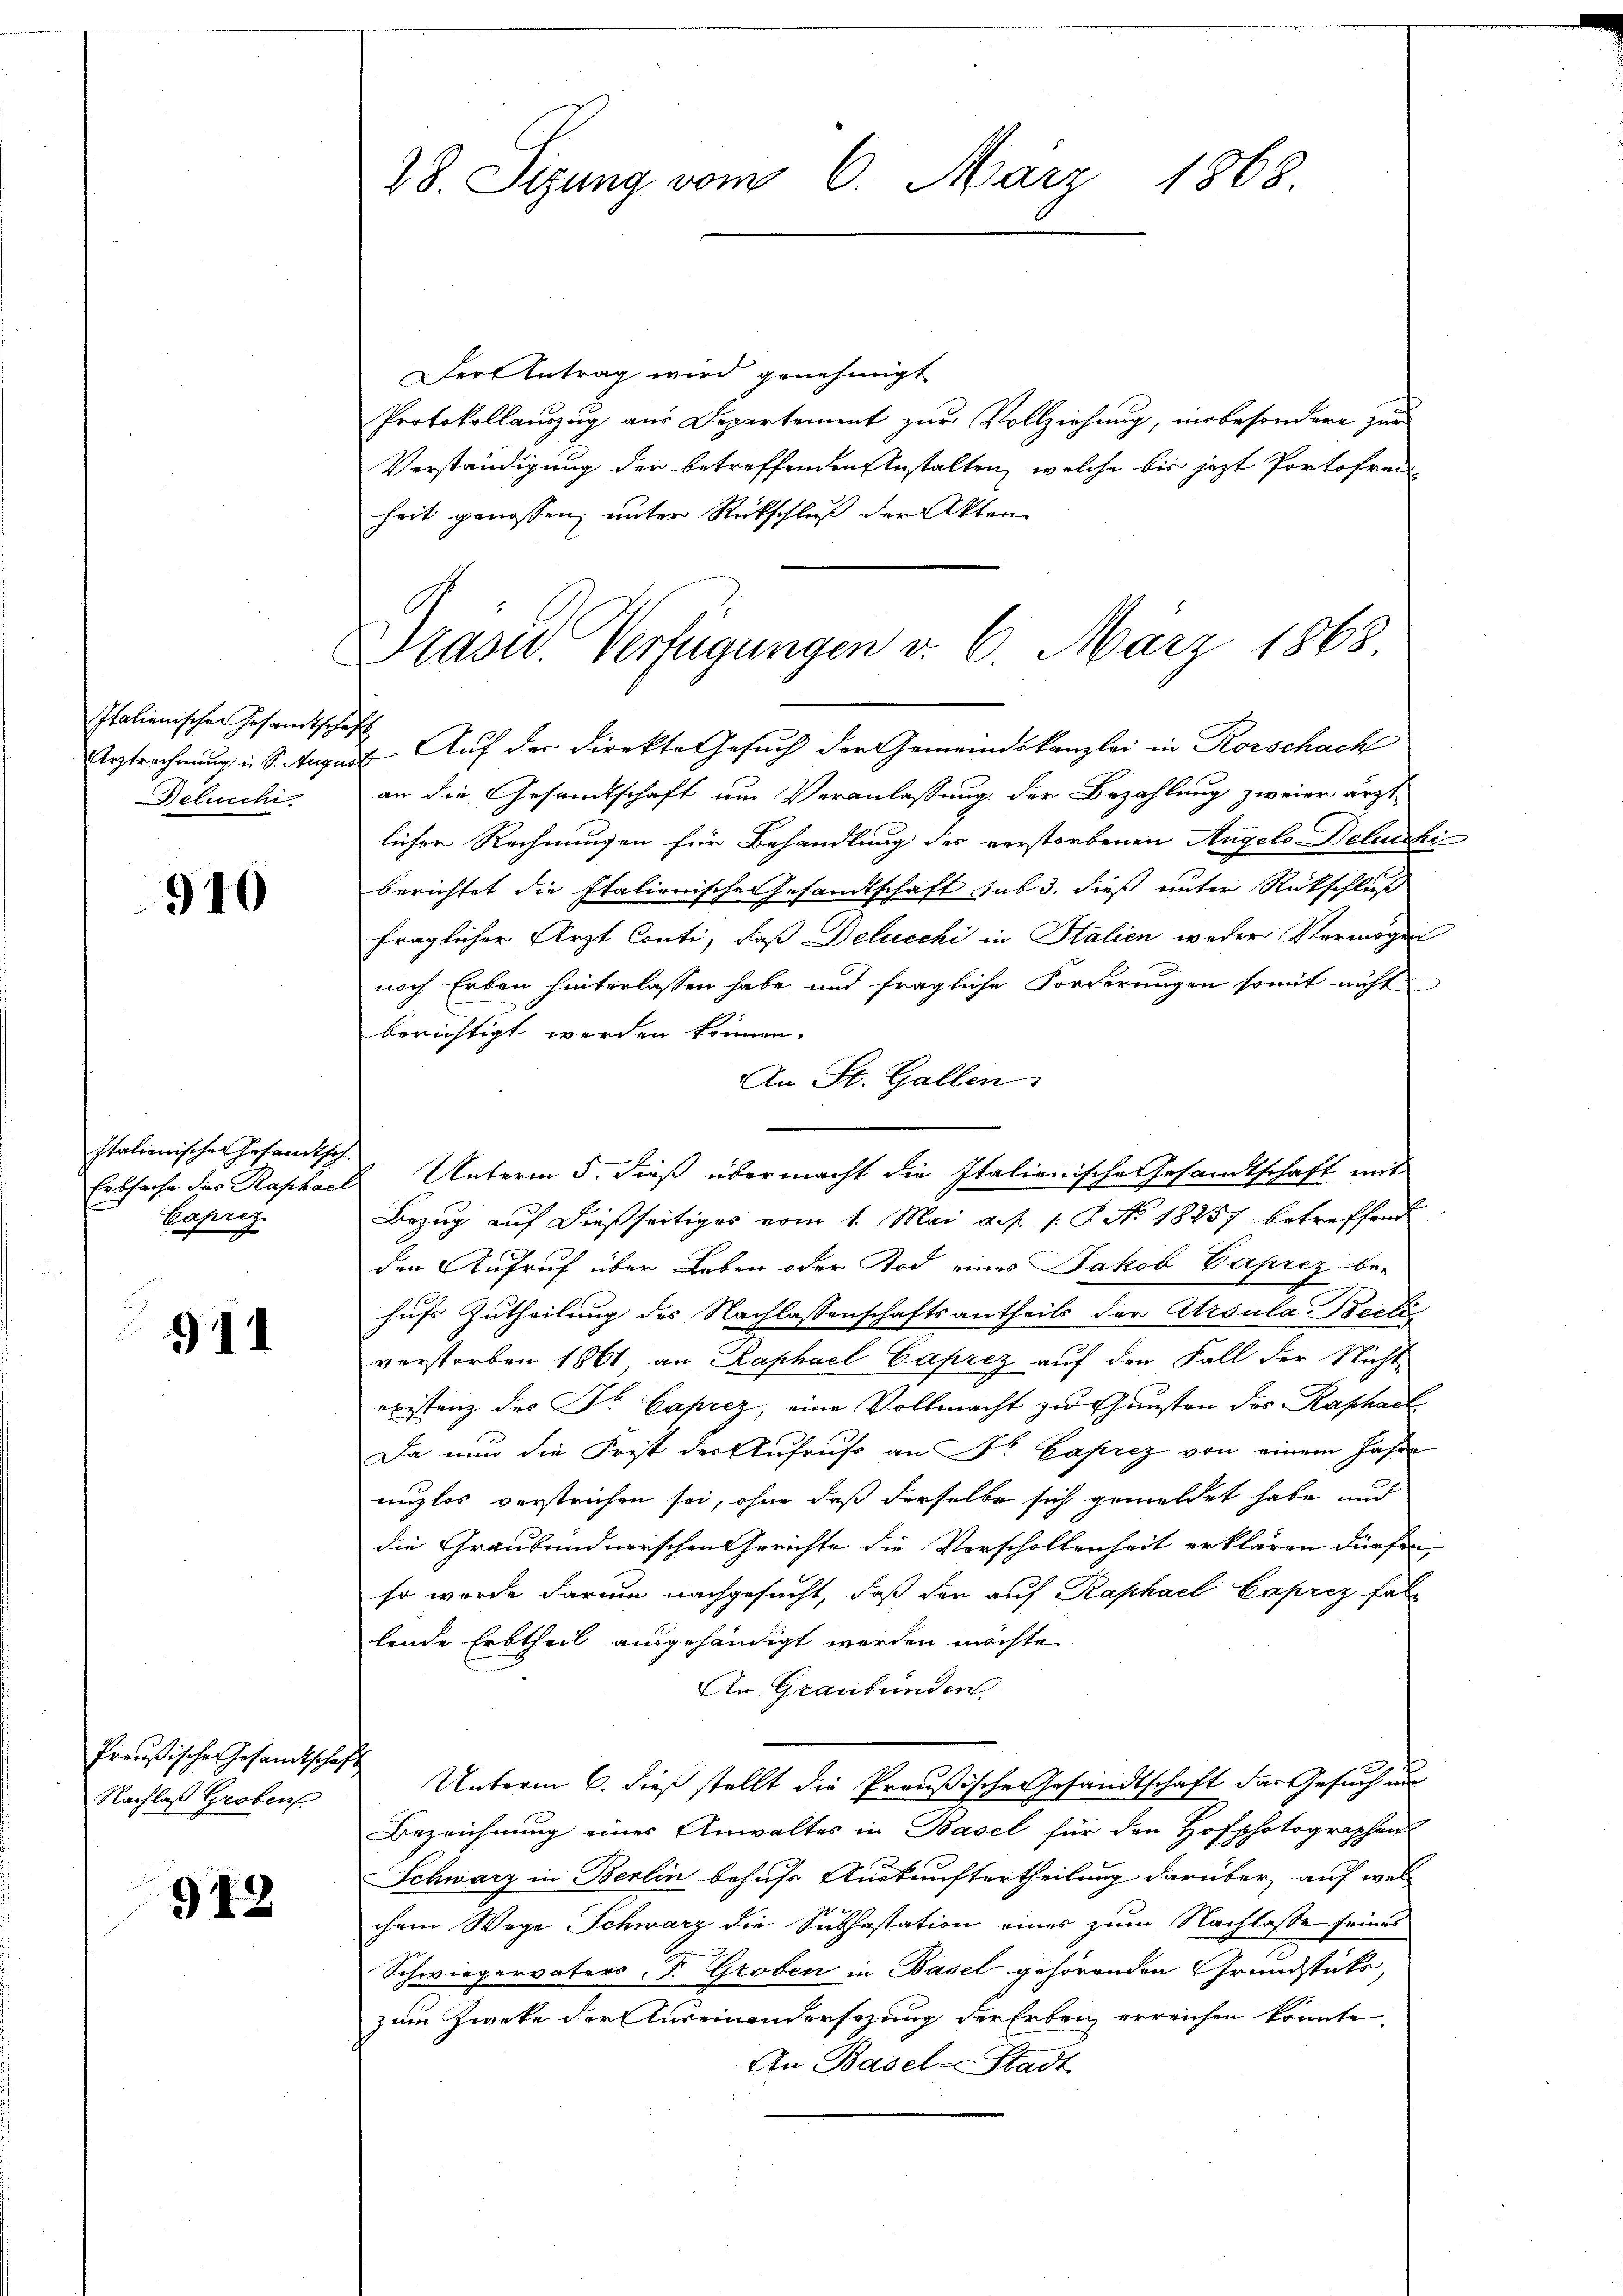
Italienischen Gesandtschaft
Delucchi

910

Italienisches Gesandtsch.
Caprez

1

Preußisches Gesandtsch
Nachlaß Groben

912

Der Antrag wird genehmigt
Protokollauszug aus Departement zur Vollziehung, insbesondere zur
Verständigung der betreffenden Anstalten, welche bis jetzt Portofrec
heit genossen, unter Rückschluß der Akten

Präsid.. Verfügungen v. 6. März 1868

28. Sizung vom 6. März 1868.

Arztrechnung u. S. August. Auf der Direkte Gesuch der Gemeindskanzlei in Korschach
an die Gesandtschaft um Veranlassung der Bezahlung zweier ärztlicher Rechnungen für Behandlung des verstorbenen Angels Deluechi
berichtet die Italienische Gesandtschaft sub 3. dieß unter Rückschluß
fraglicher Arzt Conti, daß Delucchi in Stalien weder Vermögen
noch Erben hinterlassen habe und fragliche Forderungen somit nicht
berichtigt werden können.
An St. Gallen.
Erbsache der Raphael Unterm 5. dieß übermacht die Italienische Gesandtschaft mit
Bezug auf dießseitiges vom 1. Mai a. f. 1. P. No. 18257 betreffend
den Aufruf über Leben oder Tod eines Jakob Caprez behufs Zutheilung des Nachlassenschaftsantheils der Ursula Beelis
verstorben 1861, an Raphael Caprez auf den Fall der Nicht
existenz des Dr. Gaprez, eine Vollmacht zu Gunsten des Raphael
Da nun die Frist der Aufruf an Dr. Baprez von einem Jahre
nuzlos verstrichen sei, ohne daß derselbe sich gemeldet habe und
die Graubündnerschen Gerichte die Verschollenheit erklären dürfen
so wurde darum nachgesucht, daß der auf Kaphael Caprez fallende Erbtheil ausgehändigt worden möchte.
An Graubünden
Unterm 6. dieß stellt die Preußische Gesandtschaft das Gesuch um
Bezeichnung eines Anwaltes in Basel für den Hofphotographen
Schwarz in Berlin behufs Auskunftertheilung darüber, auf welx
chem Wege Schwarz die Subhastation eines zum Nachlasse seines
Schwiegervaters F. Groben in Basel gehörenden Grundstücks,
zum Zwecke der Auseinandersezung der Erben erreichen könnte.
An Basel-Stadt